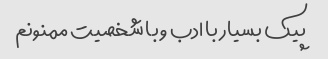
پیک بسیار با ادب و با شخصیت ممنونم